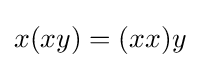
x(xy)=(xx)y